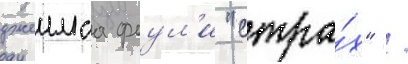
джеимса фоул'и "стра́х" /